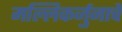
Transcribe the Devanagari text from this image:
मल्लिकर्जुनाचे